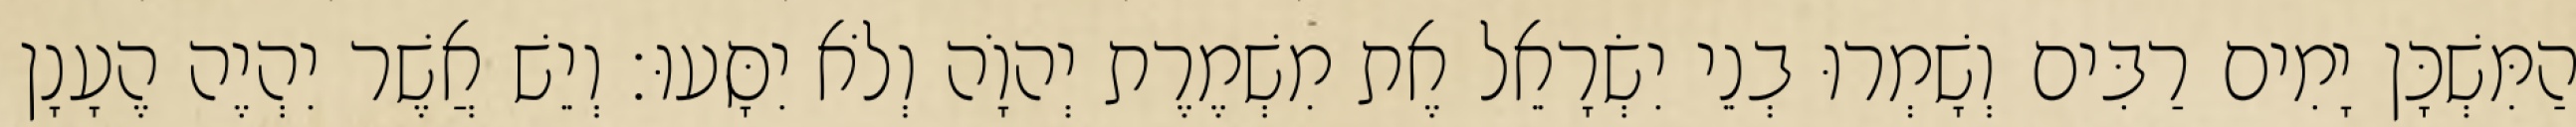
הַמִּשְׁכָּן יָמִים רַבִּים וְשָׁמְרוּ בְנֵי יִשְׂרָאֵל אֶת מִשְׁמֶרֶת יְהוָֹה וְלֹא יִסָּעוּ׃ וְיֵשׁ אֲשֶׁר יִהְיֶה הֶעָנָן